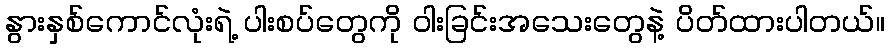
နွားနှစ်ကောင်လုံးရဲ့ ပါးစပ်တွေကို ဝါးခြင်းအသေးတွေနဲ့ ပိတ်ထားပါတယ်။